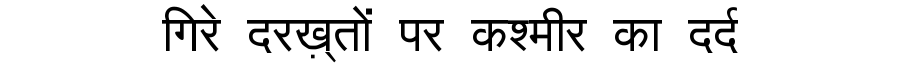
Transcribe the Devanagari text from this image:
गिरे दरख़्तों पर कश्मीर का दर्द